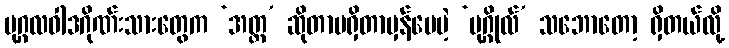
ပုဂ္ဂလဝါဒဂိုဏ်းသားတွေက ‘အတ္တ’ ဆိုတာမရှိတာမှန်ပေမဲ့ ‘ပုဂ္ဂိုလ်’ သဘောတော့ ရှိတယ်လို့